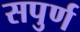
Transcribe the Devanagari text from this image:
सपुर्ण